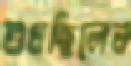
শুধছিলেন